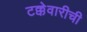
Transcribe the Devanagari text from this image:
टक्केवारीची